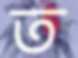
ত